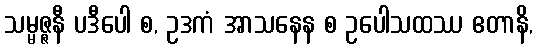
သမ္မဇ္ဇနီ ပဒီပေါ စ, ဥဒကံ အာသနေန စ ဥပေါသထဿ ဧတာနိ,